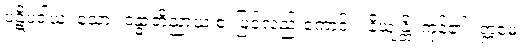
ပဋိပဒါယ၊ သော။ ဒန္ဓာဘိညာယ စ၊ ဖြင့်လည်းကောင်း။ နိယျန္တိ၊ ကုန်၏။ ဣမေ